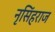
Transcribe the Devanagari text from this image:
नृसिंहराज